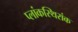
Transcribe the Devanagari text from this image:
प्लांकस्थिरांक